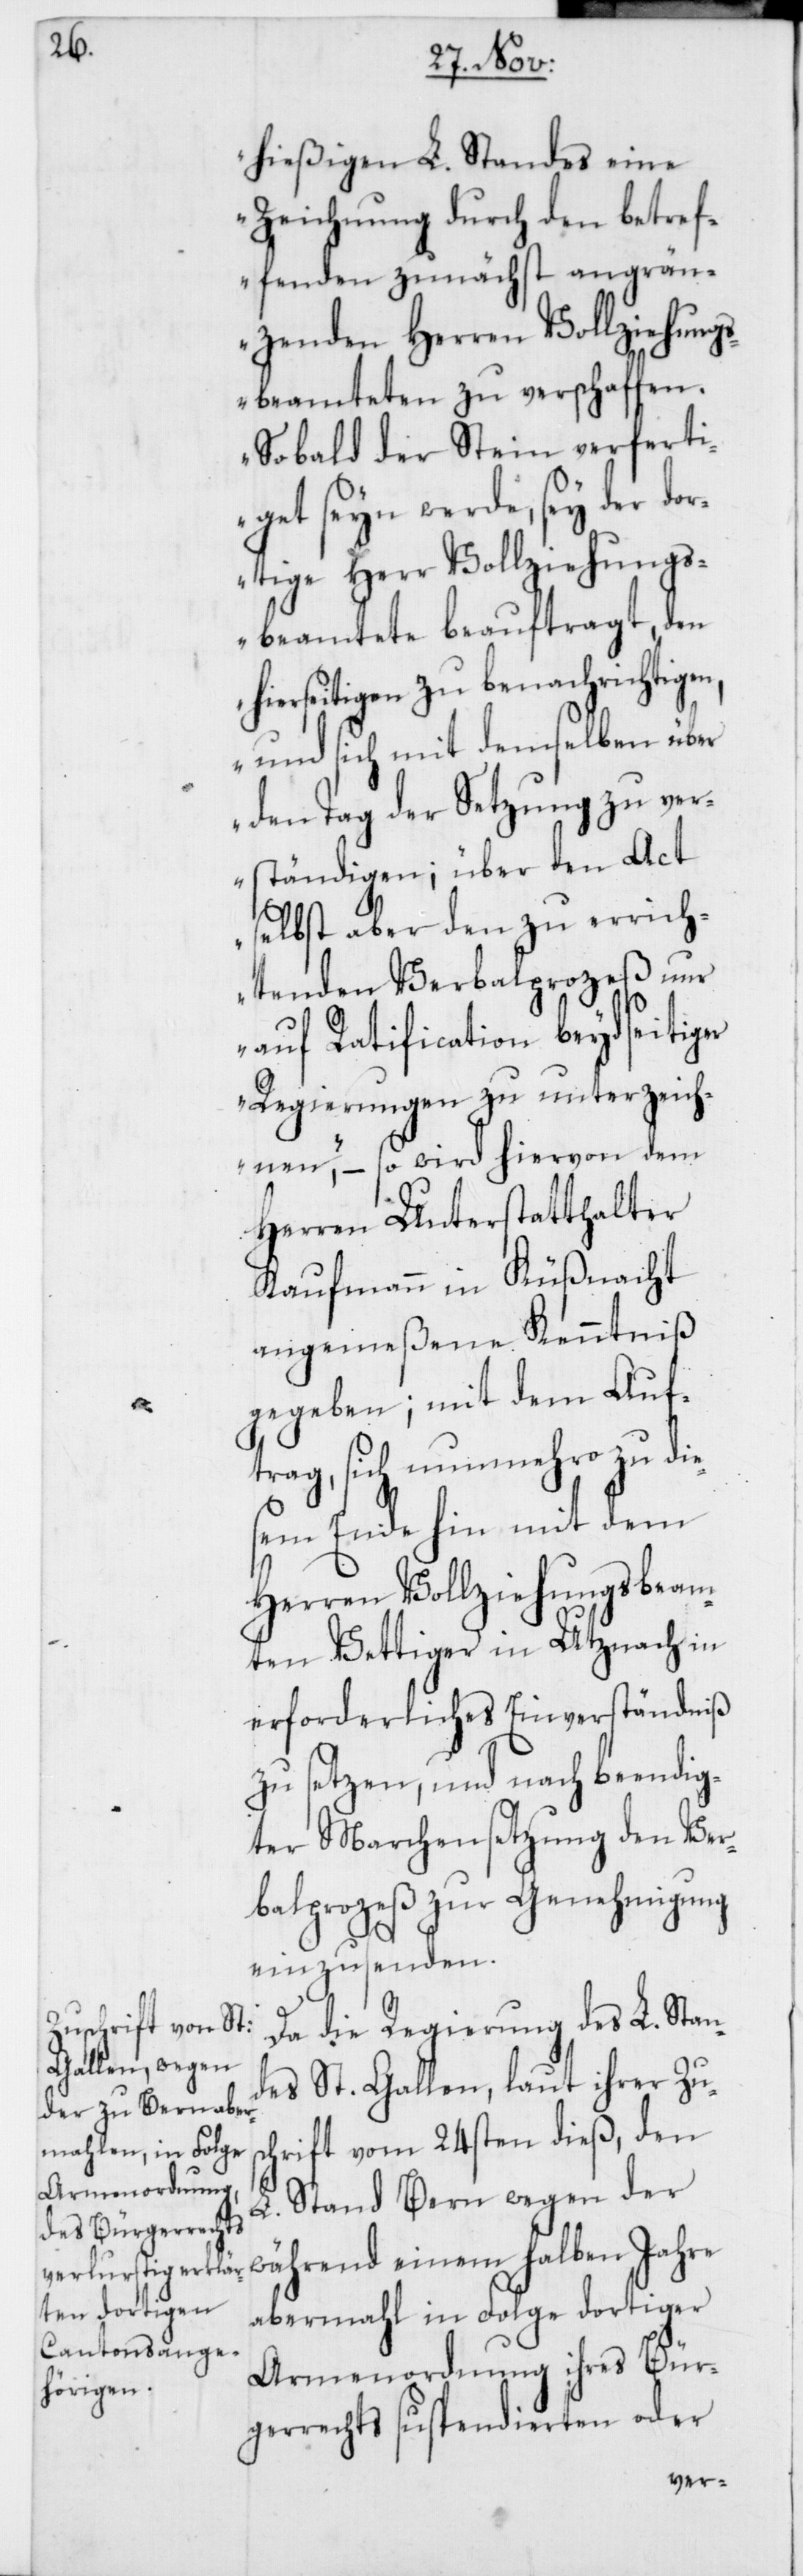
hießigen L. Standes eine
Zeichnung durch den betref¬
fenden zunächst angrän¬
zenden Herren Vollziehung¬
sbeamteten zu verschaffen.
Sobald der Stein verferti¬
get seyn werde, sey der dor¬
tige Herr Vollziehungs¬
beamtete beauftragt, den
hierseitigen zu benachrichtigen,
und sich mit demselben über
den Tag der Setzung zu ver¬
ständigen; über den Act
selbst aber den zu errich¬
tenden Verbalprozeß nur
auf Ratification beydseitiger
Regierungen zu unterzeich¬
nen“, – so wird hiervon dem
Herren Unterstatthalter
Kaufmann in Küßnacht
angemeßene Kenntniß
gegeben; mit dem Auf¬
trag, sich nunmehro zu die¬
sem Ende hin mit dem
Herren Vollziehungsbeam¬
ten Vettiger in Uznach in
erforderliches Einverständnis
zu setzen, und nach beendig¬
ter Marchensetzung den Ver¬
balprozeß zur Genehmigung
einzusenden.
Da die Regierung des L. Stan¬
des St. Gallen, laut ihrer Zus¬
chrift vom 24sten dieß, den
L. Stand Bern wegen der
abermahl in Folge dortiger
Armenordnung ihres Bür¬
gerrechts suspendierten oder